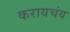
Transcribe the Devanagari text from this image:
करायचंय